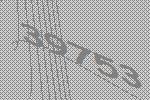
39753